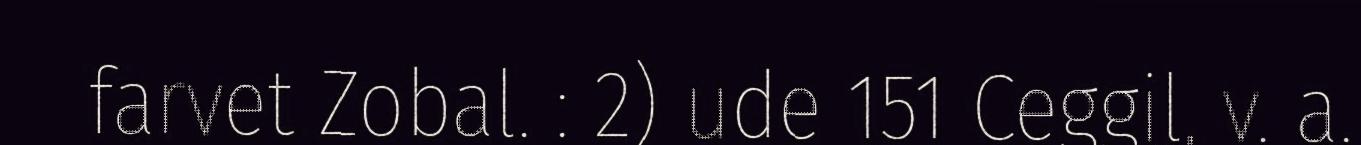
farvet Zobal. : 2) ude 151 Ceggil, v. a.